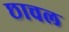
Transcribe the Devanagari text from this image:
छाचल